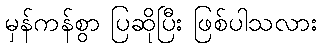
မှန်ကန်စွာ ပြဆိုပြီး ဖြစ်ပါသလား